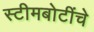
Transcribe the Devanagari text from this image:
स्टीमबोटींचे